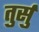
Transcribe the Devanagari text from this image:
तुर्सु